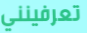
تعرفينني